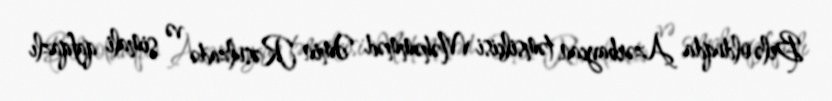
Belə olduqda Azərbaycan təmsilçisi Məhəmməd Əmin Rəsulzadə və şimali qafqazlı